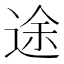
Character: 途